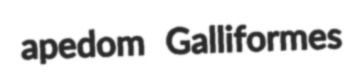
apedom Galliformes